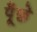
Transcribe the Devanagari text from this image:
पूँछे